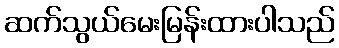
ဆက်သွယ်မေးမြန်းထားပါသည်